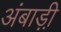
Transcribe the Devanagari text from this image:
अंबाड़ी़